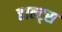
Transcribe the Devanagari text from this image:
हाल्ट्स